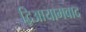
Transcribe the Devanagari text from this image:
द्विआयामवाद